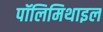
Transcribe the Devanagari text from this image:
पॉलिमिथाइल